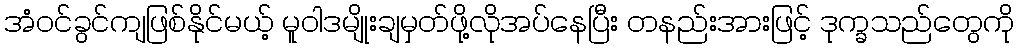
အံ၀င်ခွင်ကျဖြစ်နိုင်မယ့် မူဝါဒမျိုးချမှတ်ဖို့လိုအပ်နေပြီး တနည်းအားဖြင့် ဒုက္ခသည်တွေကို